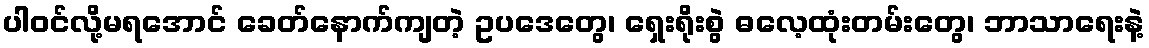
ပါဝင်လို့မရအောင် ခေတ်နောက်ကျတဲ့ ဥပဒေတွေ၊ ရှေးရိုးစွဲ ဓလေ့ထုံးတမ်းတွေ၊ ဘာသာရေးနဲ့